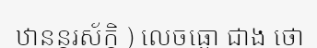
ឋានន្តរស័ក្តិ ) លេចធ្លោ ជាង ថោ